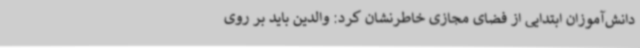
دانش‌آموزان ابتدایی از فضای مجازی خاطرنشان کرد: والدین باید بر روی